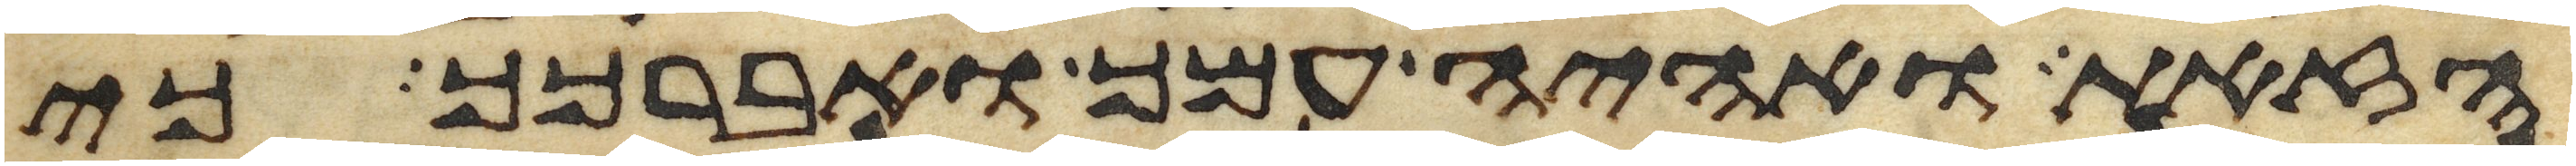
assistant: הזאת ואהיה עמך ואברכך כי